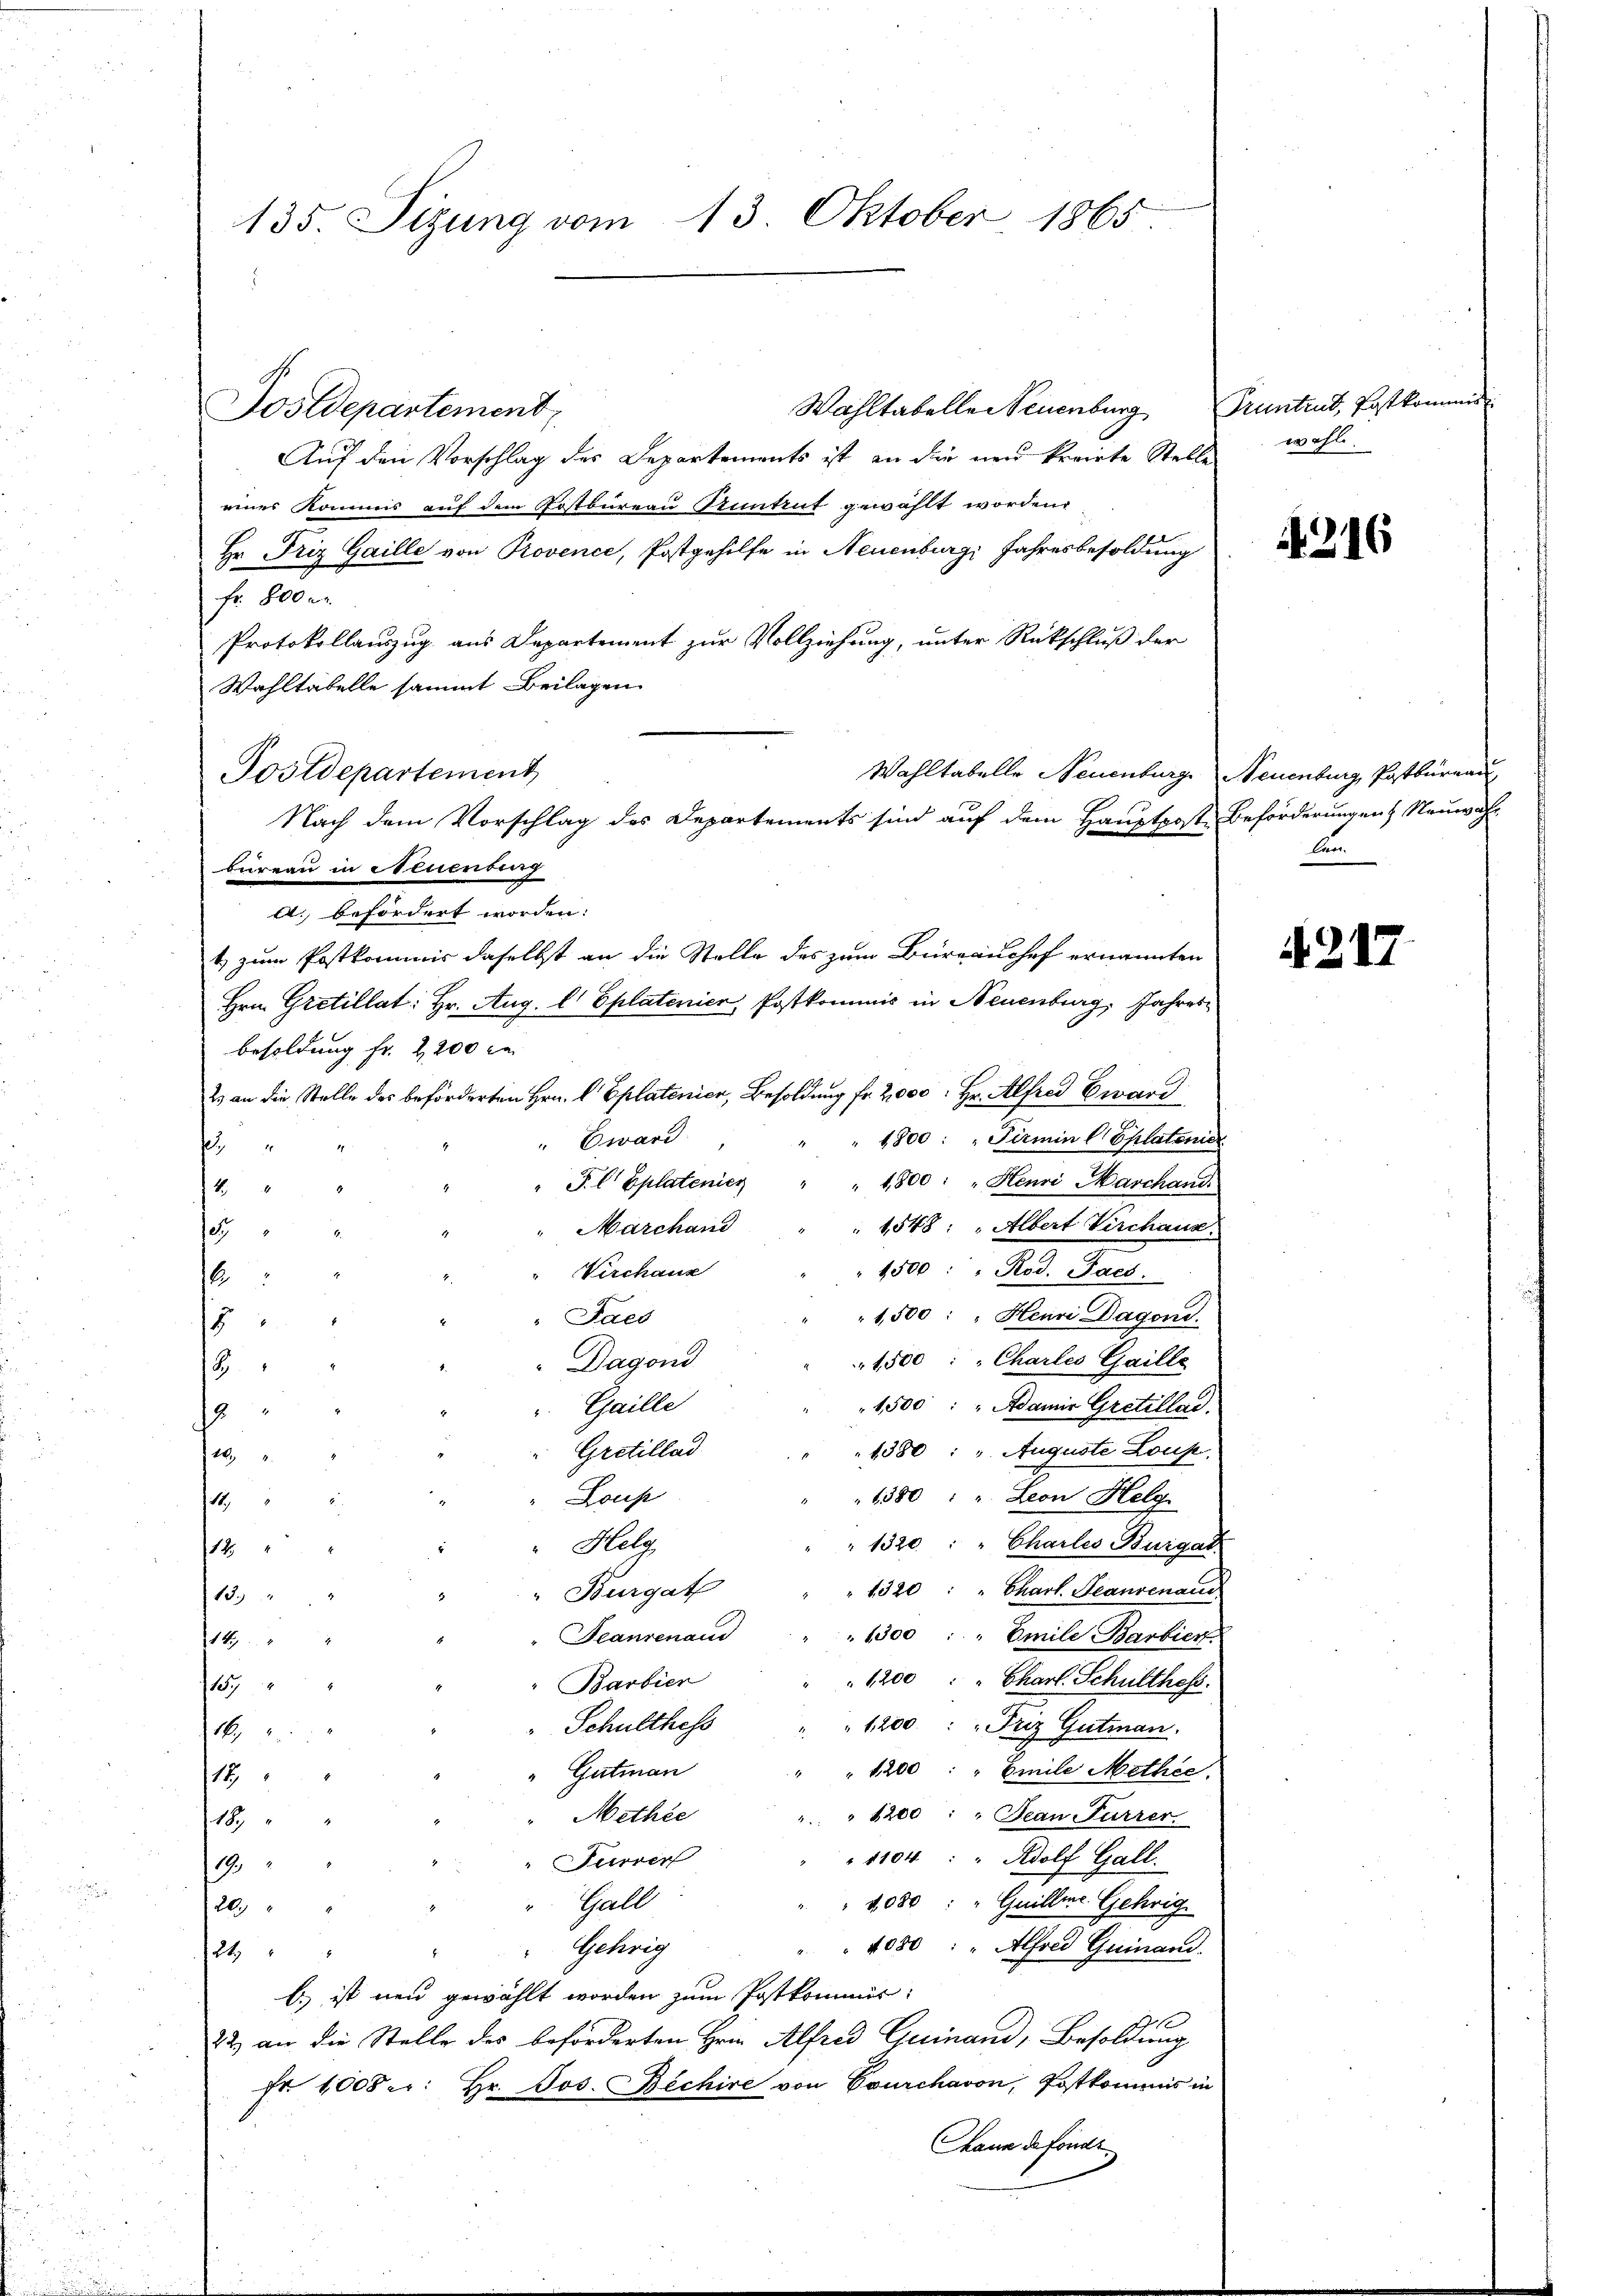
135. Sizung vom 13. Oktober 1865.

Wahltabeller Neuenburg
Auf den Vorschlag des Departements ist an die neŭ kreiste Stelle wohl.
eines Kommis auf dem Postbureau Runtrut gewählt worden.
Hr. Friz Gaille von Provence, Postgehilfe in Neuenburg, Jahresbesoldung
fr. 800 c.
Protokollauszug aus Departement zur Vollziehung, unter Rückschluß der
Wahltabelle sammt Beilagen
Wahltabelle Neuenburg, Neuenburg, Postbureau
A. befördert worden:
1) zum Postkommis daselbst an die Stelle des zum Büreaushof ernannten
Hrn. Gretillat: Hr. Aug. l. Eplatenier, Postkommis in Neuenburg, Jahres
besoldung fr. 2200 le
2 an die Stelle des beförderten Hrn. C Eplatenier, Besoldung fr. 2000: Hr. Alfred Eward
1800 : " Firmin (Eplatenier
Eward
f
" 1,800: "Henri Marchand.
" P. C. Eplatenier
4
1548: " Albert Virchaus
Marchand
8
10 Al. S
Virchaus
6
1,500: " Henri Dagond.
Jaco
8
1500 : " Charles Gaille
" Dagond
3
Gaille
1,500 : " Adamit Gretllad
f
1380 : " Auguste Loup.
Gretillad
g
1380 : " Leon Helg.
Loup
11
" 1320 " " Charles Bürgat
Helg
1
1320: " Charl. Teansenam
"Burgat
3
1
1300 : " Emile Barbiert.
Feanrenaud
149
1200 " " Charl. Schulthes.
Barbier
15.
Schulthess
" 1200 : " Friz Gutman
k
" 1200 : " Emile Mether.
Gutman
19
Methie
" 1200 : " Jean Furrer.
189
" 1104 : " Adolf Gall.
Furrer
1
Gall
4080 " " Guillme Gehrig
20
4050: " Alfred Quinand.
Gehrig
24
b.) ist neu gewählt worden zum Postkommis
22 an die Stelle des beförderten Heine Alfred Geinand, Besoldung
Fr. 1008 er: Hr. Jos. Bechire von Courchavon, Postkommnis in
Chann de fondi

Postdepartement,

Postdepartement
Nach dem Vorschlag des Departements sind auf dem Hauptpost Beförderungen Neuwahbureau in Neuenburg

Pruntrut, Postkommis

216

len

4217